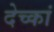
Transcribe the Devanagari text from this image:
देच्कां